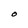
Character: O